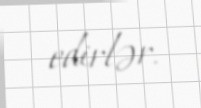
edirlər.